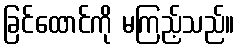
ခြင်ထောင်ကို မကြည့်သည်။